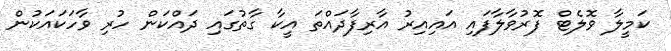
ކަމީލާ ވޮލެޓް ފޮރުވާލާފައި އައިއިރު އާރިފާދައްތަ އީކާ ގާތުގައި ދައްކަން ހުރި ވާހަކައަކުން